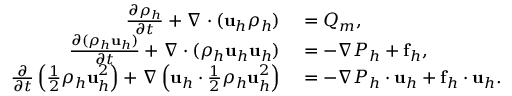
\begin{array} { r l } { \frac { \partial \rho _ { h } } { \partial t } + \nabla \cdot ( \mathbf u _ { h } \rho _ { h } ) } & { { } = Q _ { m } , } \\ { \frac { \partial ( \rho _ { h } \mathbf u _ { h } ) } { \partial t } + \nabla \cdot ( \rho _ { h } \mathbf u _ { h } \mathbf u _ { h } ) } & { { } = - \nabla P _ { h } + \mathbf f _ { h } , } \\ { \frac { \partial } { \partial t } \left( \frac { 1 } { 2 } \rho _ { h } \mathbf u _ { h } ^ { 2 } \right) + \nabla \left( \mathbf u _ { h } \cdot \frac { 1 } { 2 } \rho _ { h } \mathbf u _ { h } ^ { 2 } \right) } & { { } = - \nabla P _ { h } \cdot \mathbf u _ { h } + \mathbf f _ { h } \cdot \mathbf u _ { h } . } \end{array}